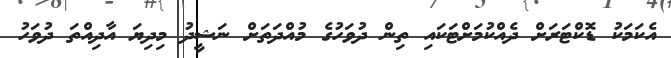
އެކަމަކު ޑޮކްޓަރަށް ދެއްކުމަށްޓަކައި ތިން ދުވަހުގެ މުއްދަތަށް ނަޝީދު މިދިޔަ އާދިއްތަ ދުވަހު